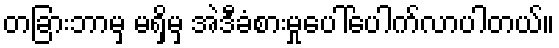
တခြားဘာမှ မရှိမှ အဲဒီခံစားမှုပေါ်ပေါက်လာပါတယ်။